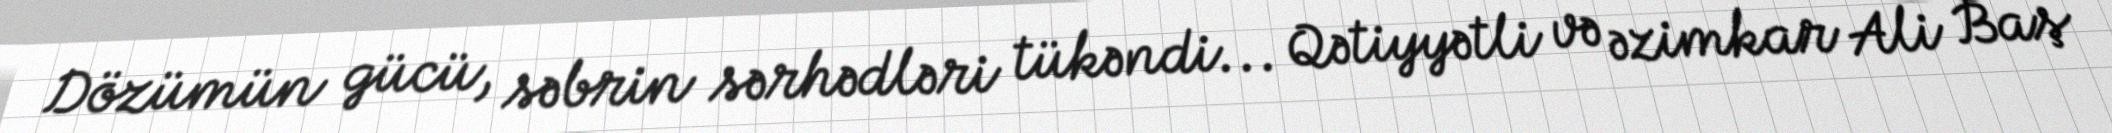
Dözümün gücü, səbrin sərhədləri tükəndi... Qətiyyətli və əzimkar Ali Baş